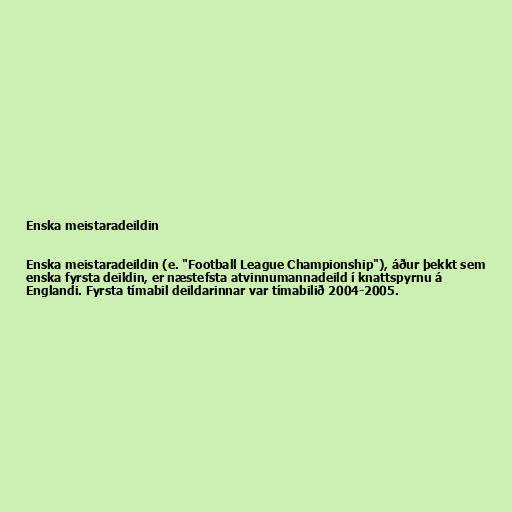
Enska meistaradeildin

Enska meistaradeildin (e. "Football League Championship"), áður þekkt sem
enska fyrsta deildin, er næstefsta atvinnumannadeild í knattspyrnu á
Englandi. Fyrsta tímabil deildarinnar var tímabilið 2004-2005.